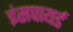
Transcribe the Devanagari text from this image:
इंसपायर्ड